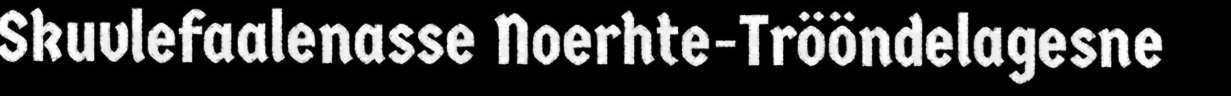
Skuvlefaalenasse Noerhte-Trööndelagesne